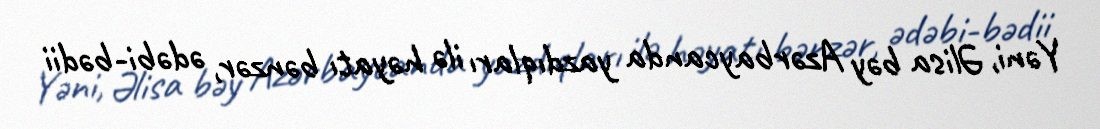
Yəni, Əlisa bəy Azərbaycanda yazdıqları ilə həyatı bənzər, ədəbi-bədii